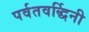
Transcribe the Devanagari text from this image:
पर्वतवर्द्धिनी